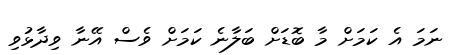
ނަމަ އެ ކަމަށް މާ ބޮޑަށް ބަލާނެ ކަމަށް ވެސް އޭނާ ވިދާޅުވި